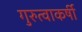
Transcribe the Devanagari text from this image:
गुरुत्वाकर्षी